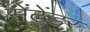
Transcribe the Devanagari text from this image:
सेंटेंडर